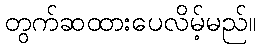
တွက်ဆထားပေလိမ့်မည်။